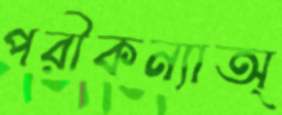
পরীকন্যাঅ্